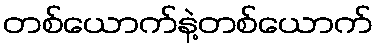
တစ်ယောက်နဲ့တစ်ယောက်